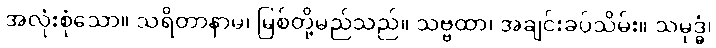
အလုံးစုံသော။ သရိတာနာမ၊ မြစ်တို့မည်သည်။ သဗ္ဗထာ၊ အချင်းခပ်သိမ်း။ သမုဒ္ဓံ၊